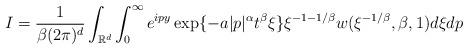
LaTeX: \begin{align*}I=\frac{1}{\beta (2\pi)^{d}}\int_{\mathbb{R}^{d}}\int_{0}^{\infty}e^{ipy}\exp\{-a|p|^{\alpha}t^{\beta}\xi\}\xi^{-1-1/\beta}w(\xi^{-1/\beta}, \beta, 1)d\xi dp\end{align*}